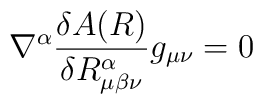
\nabla^{\alpha}\frac{\delta A(R)}{\delta R^{\alpha}_{\mu\beta\nu}}g_{\mu\nu} = 0